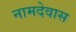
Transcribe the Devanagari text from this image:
नामदेवास